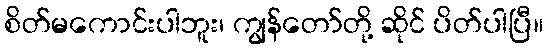
စိတ်မကောင်းပါဘူး၊ ကျွန်တော်တို့ ဆိုင် ပိတ်ပါပြီ။